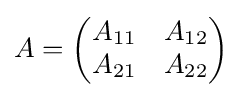
A={\begin{pmatrix}A_{11}&A_{12}\\A_{21}&A_{22}\end{pmatrix}}